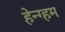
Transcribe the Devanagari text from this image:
हेन्ग्हम